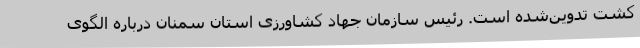
کشت تدوین‌شده است. رئیس سازمان جهاد کشاورزی استان سمنان درباره الگوی